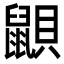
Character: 鼰